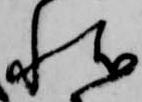
状